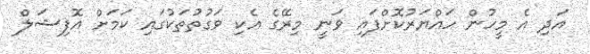
އަދި އެ މީހުން ހައްޔަރުކޮށްފައި ވަނީ މިރޭގެ އެކި ވަގުތުތަކުގައި ކަމަށް އޮފިޝަލް